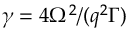
\gamma = 4 \Omega ^ { 2 } / ( q ^ { 2 } \Gamma )